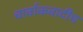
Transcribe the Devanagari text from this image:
चार्वाकवादीच